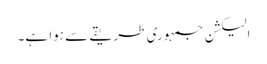
الیکشن جمہوری طریقے سے ہوا ہے۔